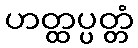
ဟတ္ထပ္ပတ္တံ